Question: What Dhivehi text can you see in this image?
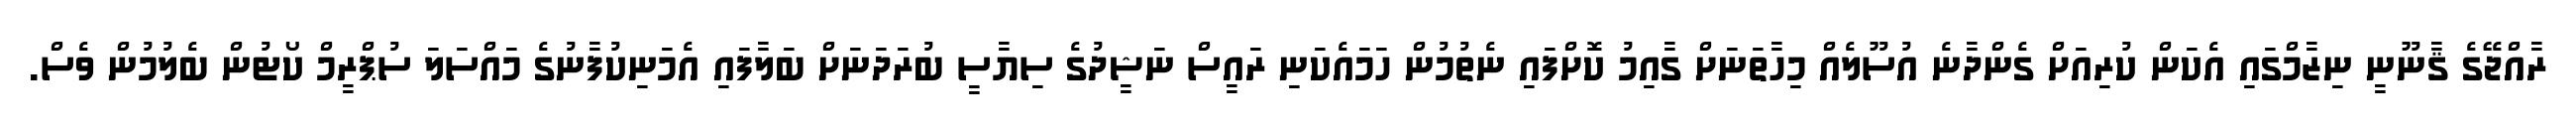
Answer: ރާއްޖޭގެ ޤާނޫނީ ނިޒާމްގައި އެކަން ކުރިއަށް ގެންދާނެ އުސޫލެއް މިހާތަނަށް ގާއިމު ކޮށްފައި ނެތުމުން ހަމައެކަނި ރައީސް ނަޝީދުގެ ސިޔާސީ ބުރަދަނަށް ބަލާފައި އެމަނިކުފާނުގެ މައްސަލަ ސުޕްރީމް ކޯޓުން ބެލުމުން ވެސް.